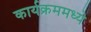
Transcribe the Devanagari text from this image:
कार्यक्रममध्ये